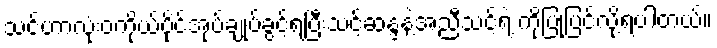
သင်ဟာလုံးဝကိုယ်ပိုင်အုပ်ချုပ်ခွင့်ရပြီးသင့်ဆန္ဒနဲ့အညီသင့်ရဲ့ ကိုပြုပြင်လို့ရပါတယ်။